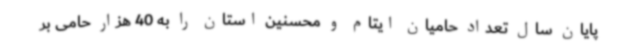
پایان سال تعداد حامیان ایتام و محسنین استان را به 40 هزار حامی بر